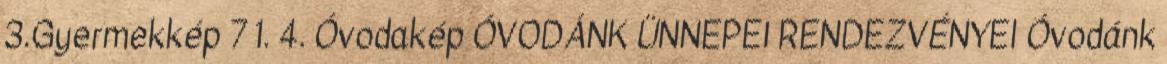
3.Gyermekkép 7 1. 4. Óvodakép ÓVODÁNK ÜNNEPEI RENDEZVÉNYEI Óvodánk